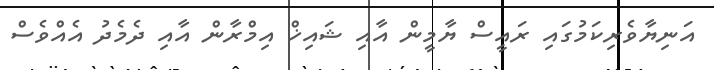
އަނިޔާވެރިކަމުގައި ރައީސް ޔާމީން އާއި ޝައިޚް އިމްރާން އާއި ދެމެދު އެއްވެސް